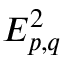
E _ { p , q } ^ { 2 }